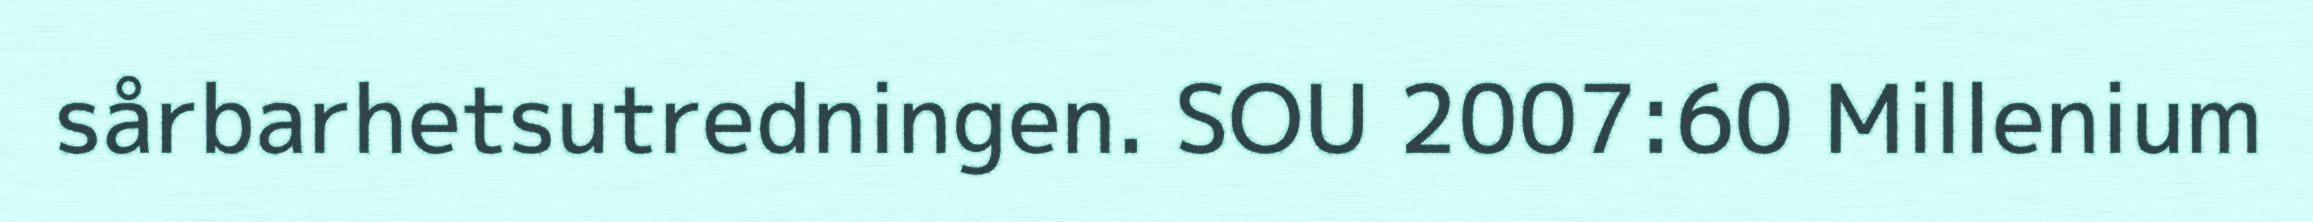
sårbarhetsutredningen. SOU 2007:60 Millenium